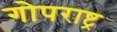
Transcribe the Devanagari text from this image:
गोपराष्ट्र